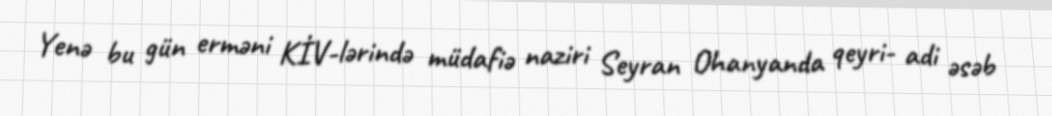
Yenə bu gün erməni KİV-lərində müdafiə naziri Seyran Ohanyanda qeyri- adi əsəb